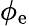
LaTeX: \phi_{\mathrm{e}}